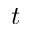
t